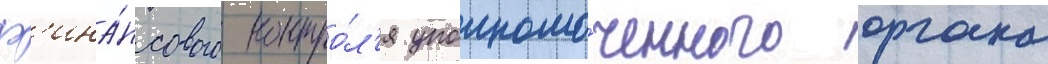
ф'ина́нсового контро́л'я уполномо́ченного органа